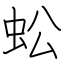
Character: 蚣